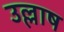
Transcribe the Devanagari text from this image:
उल्लाष